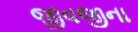
જીવજીના